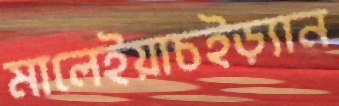
মালেইয়াচইড়্যান